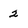
Character: 2